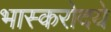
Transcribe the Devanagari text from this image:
भास्करोदये